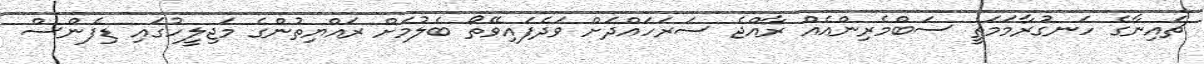
ޗައިނާގެ ހަނގުރާމަމަތީ ސަބްމެރިންއެއް ރާއްޖެ ސަރަހައްދަށް ވަދެފައިވޭތޯ ބެލުމަށް ރައްޔިތުންގެ މަޖިލީހުގައި ޑިފެންސް